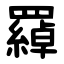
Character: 羄